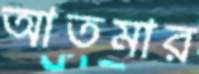
আতমার